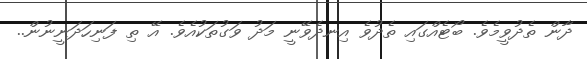
ދާން ތެދުވީމެވެ. ބޯޓެއްގައި ތެދުވެ އިނދެވޭނީ މަދު ވަގުތަކުއެވެ. އޭ ތި ފަނިހަދަނީނުން..